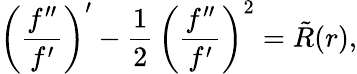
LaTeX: \left(\frac{f^{\prime\prime}}{f^{\prime}}\right)^{\prime}-{\frac{1}{2}}\, \left(\frac{f^{\prime\prime}}{f^{\prime}}\right)^{2}=\tilde{R}(r),